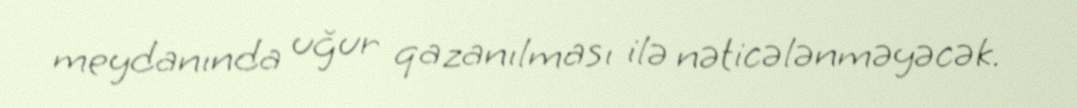
meydanında uğur qazanılması ilə nəticələnməyəcək.